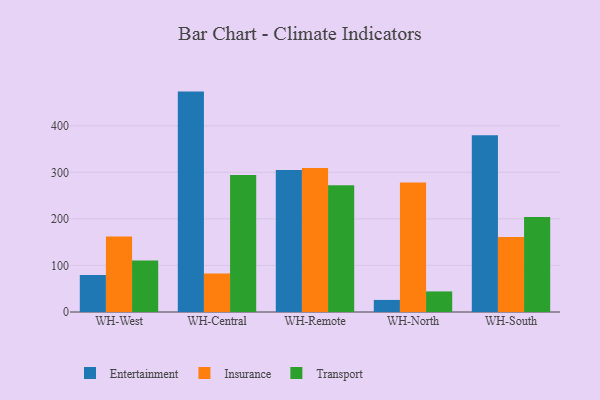
{"axis": {"x": "Warehouse", "y": "LTV (USD)"}, "legend": ["Entertainment", "Insurance", "Transport"], "data": [{"x": "WH-West", "y": 79.4, "type": "Entertainment"}, {"x": "WH-West", "y": 162.1, "type": "Insurance"}, {"x": "WH-West", "y": 110.4, "type": "Transport"}, {"x": "WH-Central", "y": 473.4, "type": "Entertainment"}, {"x": "WH-Central", "y": 82.9, "type": "Insurance"}, {"x": "WH-Central", "y": 294.2, "type": "Transport"}, {"x": "WH-Remote", "y": 304.9, "type": "Entertainment"}, {"x": "WH-Remote", "y": 309.5, "type": "Insurance"}, {"x": "WH-Remote", "y": 272.5, "type": "Transport"}, {"x": "WH-North", "y": 25.9, "type": "Entertainment"}, {"x": "WH-North", "y": 278.4, "type": "Insurance"}, {"x": "WH-North", "y": 44.2, "type": "Transport"}, {"x": "WH-South", "y": 379.8, "type": "Entertainment"}, {"x": "WH-South", "y": 161.3, "type": "Insurance"}, {"x": "WH-South", "y": 204.0, "type": "Transport"}]}